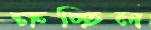
ক্ষচ্ছিল